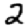
Digit: 2